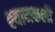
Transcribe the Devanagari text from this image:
श्यामकली